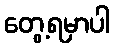
တွေ့ရမှာပါ